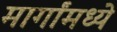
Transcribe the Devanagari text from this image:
मार्गांमध्ये